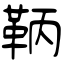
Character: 鞆